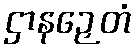
ဌာနဉှေတံ